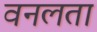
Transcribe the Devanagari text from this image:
वनलता